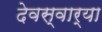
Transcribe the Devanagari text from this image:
देवस्वार्‍या